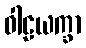
ဝါဠယက္ခာ